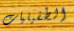
الطفيليات